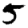
Digit: 5